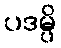
ပဒမ္ပိ